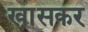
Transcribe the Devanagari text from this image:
खा़सकर